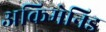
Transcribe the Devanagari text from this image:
अकिमेनिड